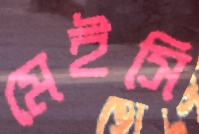
মেইসি